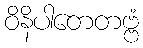
ဝိနိပါတေတဗ္ဗံ